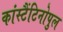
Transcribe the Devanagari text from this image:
कांस्टैंटिनोपुल